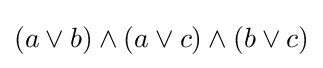
(a\vee b)\wedge (a\vee c)\wedge (b\vee c)